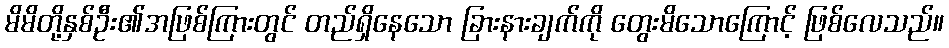
မိမိတို့နှစ်ဦး၏အဖြစ်ကြားတွင် တည်ရှိနေသော ခြားနားချက်ကို တွေးမိသောကြောင့် ဖြစ်လေသည်။